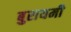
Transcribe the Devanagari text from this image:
बुरायमी